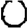
Digit: 0